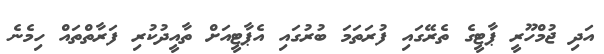
އަދި ޖުމްހޫރީ ޕާޓީގެ ތެރޭގައި ފުރަތަމަ ބުރުގައި އެޕާޓީއަށް ތާއީދުކުރި ފަރާތްތައް ހިމެނެ